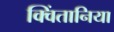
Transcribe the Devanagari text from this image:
क्विंतानिया